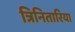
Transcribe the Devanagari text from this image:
त्रिनितारिया